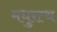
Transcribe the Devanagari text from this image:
मधुरत्थ